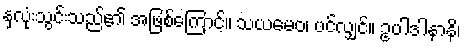
နှလုံးသွင်းသည်၏ အဖြစ်ကြောင့်။ သယမေဝ၊ ပင်လျှင်။ ဥပါဒါနာနိ၊